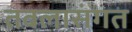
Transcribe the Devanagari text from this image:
तबलासंगत